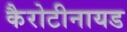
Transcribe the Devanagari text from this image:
कैरोटीनायड